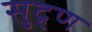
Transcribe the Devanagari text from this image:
सुद्र्ण